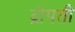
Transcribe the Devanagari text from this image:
द्रोपती